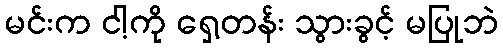
မင်းက ငါ့ကို ရှေ့တန်း သွားခွင့် မပြုဘဲ